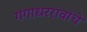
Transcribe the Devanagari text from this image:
गंगाधररावांचे